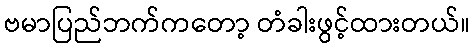
ဗမာပြည်ဘက်ကတော့ တံခါးဖွင့်ထားတယ်။